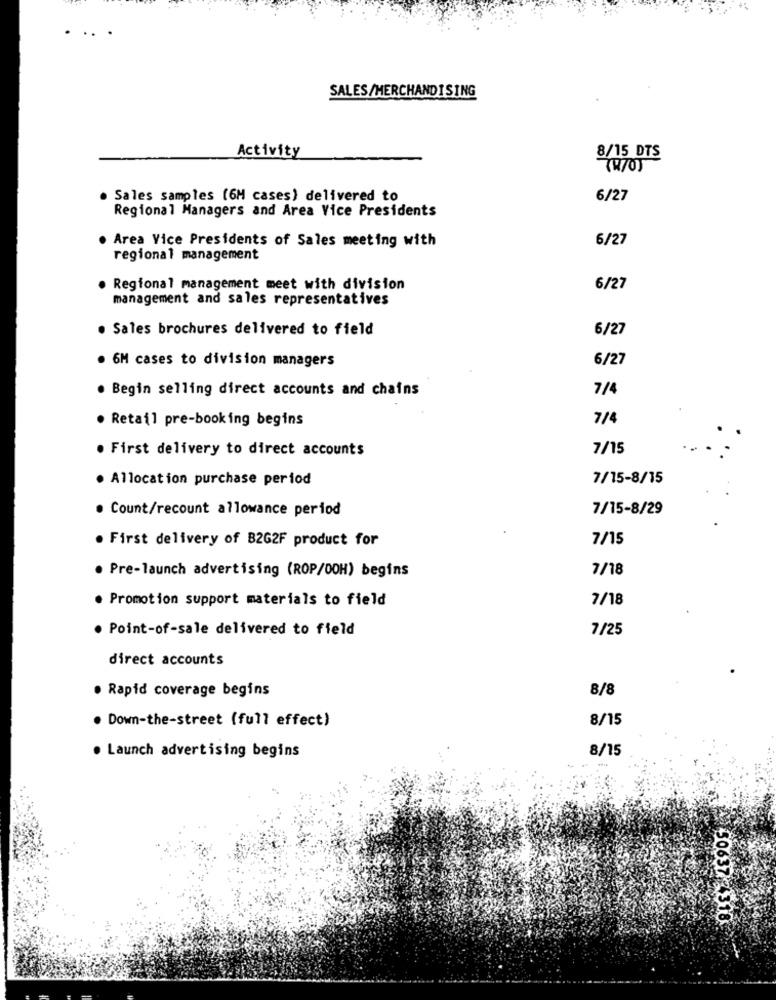
SALES/MERCHANDISING
Activity
8/15 DTS
· Sales samples (6M cases) delivered to
6/27
Regional Managers and Area Vice Presidents
Area Vice Presidents of Sales meeting with
6/27
regional management
. Regional management meet with division
6/27
management and sales representatives
· Sales brochures delivered to field
6/27
6M cases to division managers
6/27
. Begin selling direct accounts and chains
7/4
· Retail pre-booking begins
7/4
· First delivery to direct accounts
7/15
. Allocation purchase period
7/15-8/15
. Count/recount allowance period
7/15-8/29
. First delivery of B2G2F product for
7/15
. Pre-launch advertising (ROP/00H) begins
7/18
. Promotion support materials to field
7/18
· Point-of-sale delivered to field
7/25
direct accounts
· Rapid coverage begins
8/8
. Down-the-street (full effect)
8/15
8/15
· Launch advertising begins
-
50637 4300